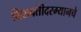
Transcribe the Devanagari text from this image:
तिरुपतीदरम्यानचे